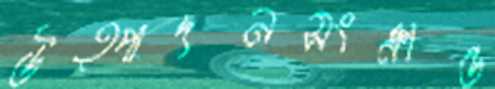
উত্পাদনসংক্রান্ত